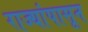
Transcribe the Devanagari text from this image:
राज्यांपासून